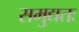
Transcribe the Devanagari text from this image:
समुद्यतः